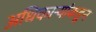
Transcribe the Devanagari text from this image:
अधिकार्‍यांकडून